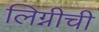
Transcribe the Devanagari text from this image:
लिग्नीची